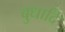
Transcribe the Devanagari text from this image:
बुधादि